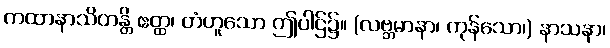
ကထာနာသိတန္တိ ဧတ္ထ၊ တံဟူသော ဤပါဌ်၌။ (လဗ္ဘမာနာ၊ ကုန်သော၊) နာသနာ၊